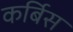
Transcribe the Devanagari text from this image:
कर्बिस